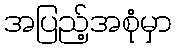
အပြည့်အစုံမှာ